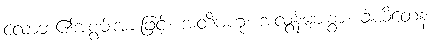
လောဘ၏အစွမ်းအားဖြင့်။ အတိဗဟုံ၊ အလွန်များစွာ။ ခါယိတေန၊